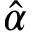
\hat { \alpha }